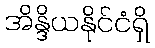
အိန္ဒိယနိုင်ငံရှိ